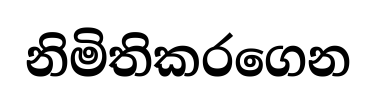
නිමිතිකරගෙන